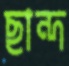
ছান্দ